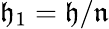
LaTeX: {\mathfrak{h}}_{1}={\mathfrak{h}}/{\mathfrak{n}}